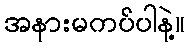
အနားမကပ်ပါနဲ့။